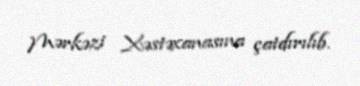
Mərkəzi Xəstəxanasına çatdırılıb.